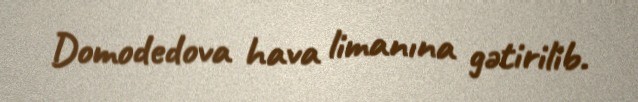
Domodedova hava limanına gətirilib.